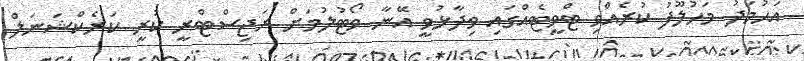
އަހުމަދު މަހުލޫފު ކުރެއްވި ޓްވީޓެއްގައި ވިދާޅުވީ އޭނާ ވޯޓުލުމަށް ރަޖިސްޓްރީ ކުރީ ކަރެކްޝަނަލް